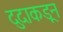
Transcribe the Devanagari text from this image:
दुदाकडून